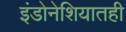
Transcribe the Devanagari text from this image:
इंडोनेशियातही